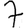
Digit: 7